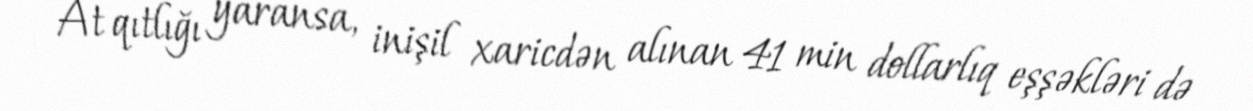
At qıtlığı yaransa, inişil xaricdən alınan 41 min dollarlıq eşşəkləri də